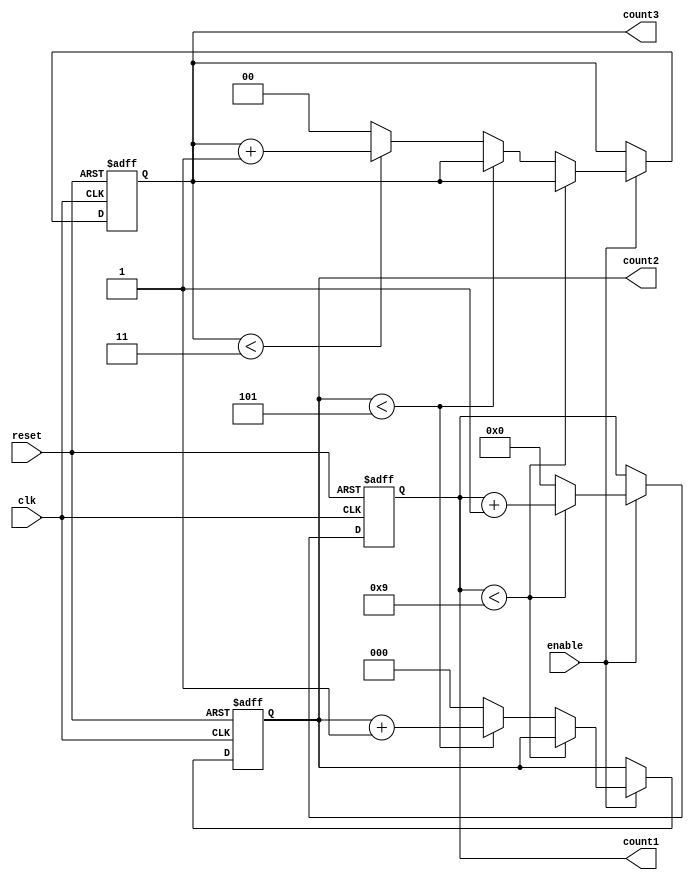
module mixed_radix_counter (
    input wire clk,          // Clock input
    input wire reset,        // Asynchronous reset
    input wire enable,       // Enable signal
    output reg [3:0] count1, // Stage 1 output (Radix 10)
    output reg [2:0] count2, // Stage 2 output (Radix 6)
    output reg [1:0] count3  // Stage 3 output (Radix 4)
);

// Radix definitions
localparam RADIX1 = 10; // Stage 1 radix
localparam RADIX2 = 6;  // Stage 2 radix
localparam RADIX3 = 4;  // Stage 3 radix

always @(posedge clk or posedge reset) begin
    if (reset) begin
        // Reset all counters to zero
        count1 <= 0;
        count2 <= 0;
        count3 <= 0;
    end else if (enable) begin
        // Increment the least significant stage
        if (count1 < RADIX1 - 1) begin
            count1 <= count1 + 1;
        end else begin
            count1 <= 0; // Reset stage 1
            if (count2 < RADIX2 - 1) begin
                count2 <= count2 + 1; // Increment stage 2
            end else begin
                count2 <= 0; // Reset stage 2
                if (count3 < RADIX3 - 1) begin
                    count3 <= count3 + 1; // Increment stage 3
                end else begin
                    count3 <= 0; // Reset stage 3
                end
            end
        end
    end
end

endmodule